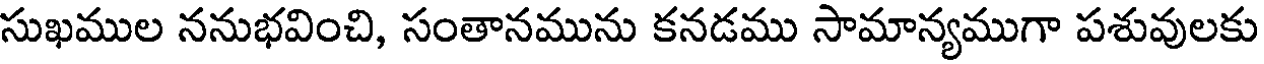
సుఖముల ననుభవించి, సంతానమును కనడము సామాన్యముగా పశువులకు